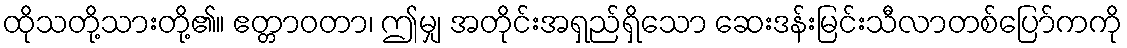
ထိုသတို့သားတို့၏။ ဧတ္တာဝတာ၊ ဤမျှ အတိုင်းအရှည်ရှိသော ဆေးဒန်းမြင်းသီလာတစ်ပြော်ကကို